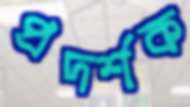
প্রদর্শক